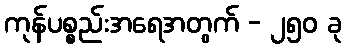
ကုန်ပစ္စည်းအရေအတွက် - ၂၅၀ ခု